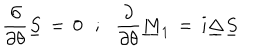
{ \frac { \partial } { \partial \theta } } \underline { { S } } \, = \, 0 \, \, \, \, ; \, \, \, \, { \frac { \partial } { \partial \theta } } \underline { { M } } _ { 1 } \, = \, i \underline { { \Delta } } \underline { { S } }